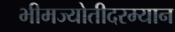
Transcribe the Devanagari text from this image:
भीमज्योतीदरम्यान